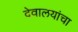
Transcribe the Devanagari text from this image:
देवालयांचा